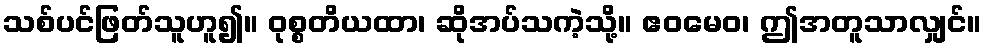
သစ်ပင်ဖြတ်သူဟူ၍။ ဝုစ္စတိယထာ၊ ဆိုအပ်သကဲ့သို့။ ဧဝမေဝ၊ ဤအတူသာလျှင်။